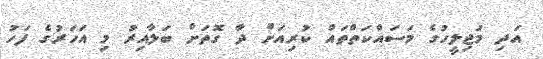
އަދި މަޖިލީހުގެ މަސައްކަތްތައް ކުރިއަށް ދާ ގޮތަށް ބަލާއިރު މި އަހަރުގެ ފަހު